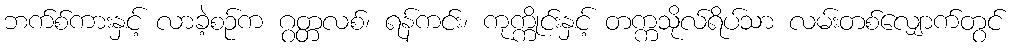
ဘက်စ်ကားနှင့် လာခဲ့စဉ်က ဂွတ္တလစ်၊ ရန်ကင်း၊ ကုက္ကိုင်းနှင့် တက္ကသိုလ်ရိပ်သာ လမ်းတစ်လျှောက်တွင်